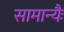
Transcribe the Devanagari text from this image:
सामान्यैः